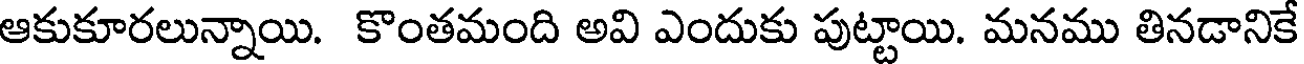
ఆకుకూరలున్నాయి. కొంతమంది అవి ఎందుకు పుట్టాయి. మనము తినడానికే